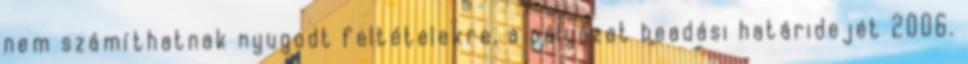
nem számíthatnak nyugodt feltételekre, a pályázat beadási határidejét 2006.